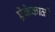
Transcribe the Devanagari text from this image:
ऐकेकाळी